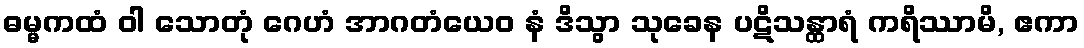
ဓမ္မကထံ ဝါ သောတုံ ဂေဟံ အာဂတံယေဝ နံ ဒိသွာ သုခေန ပဋိသန္ထာရံ ကရိဿာမိ, ဧကာ